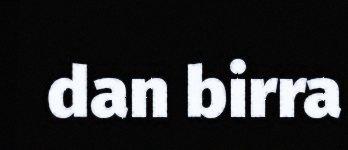
dan birra